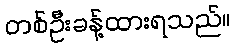
တစ်ဦးခန့်ထားရသည်။